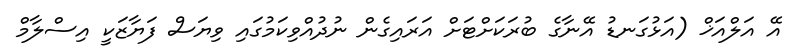
އޭ އަލްއަޚް (އަޅުގަނޑު އޭނާގެ ބުރަކަށްޓަށް އަރައިގެން ނުދުއްވިކަމުގައި ވިޔަސް ފަޔާޒަކީ އިސްލާމް